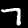
Digit: 7